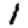
Digit: 1